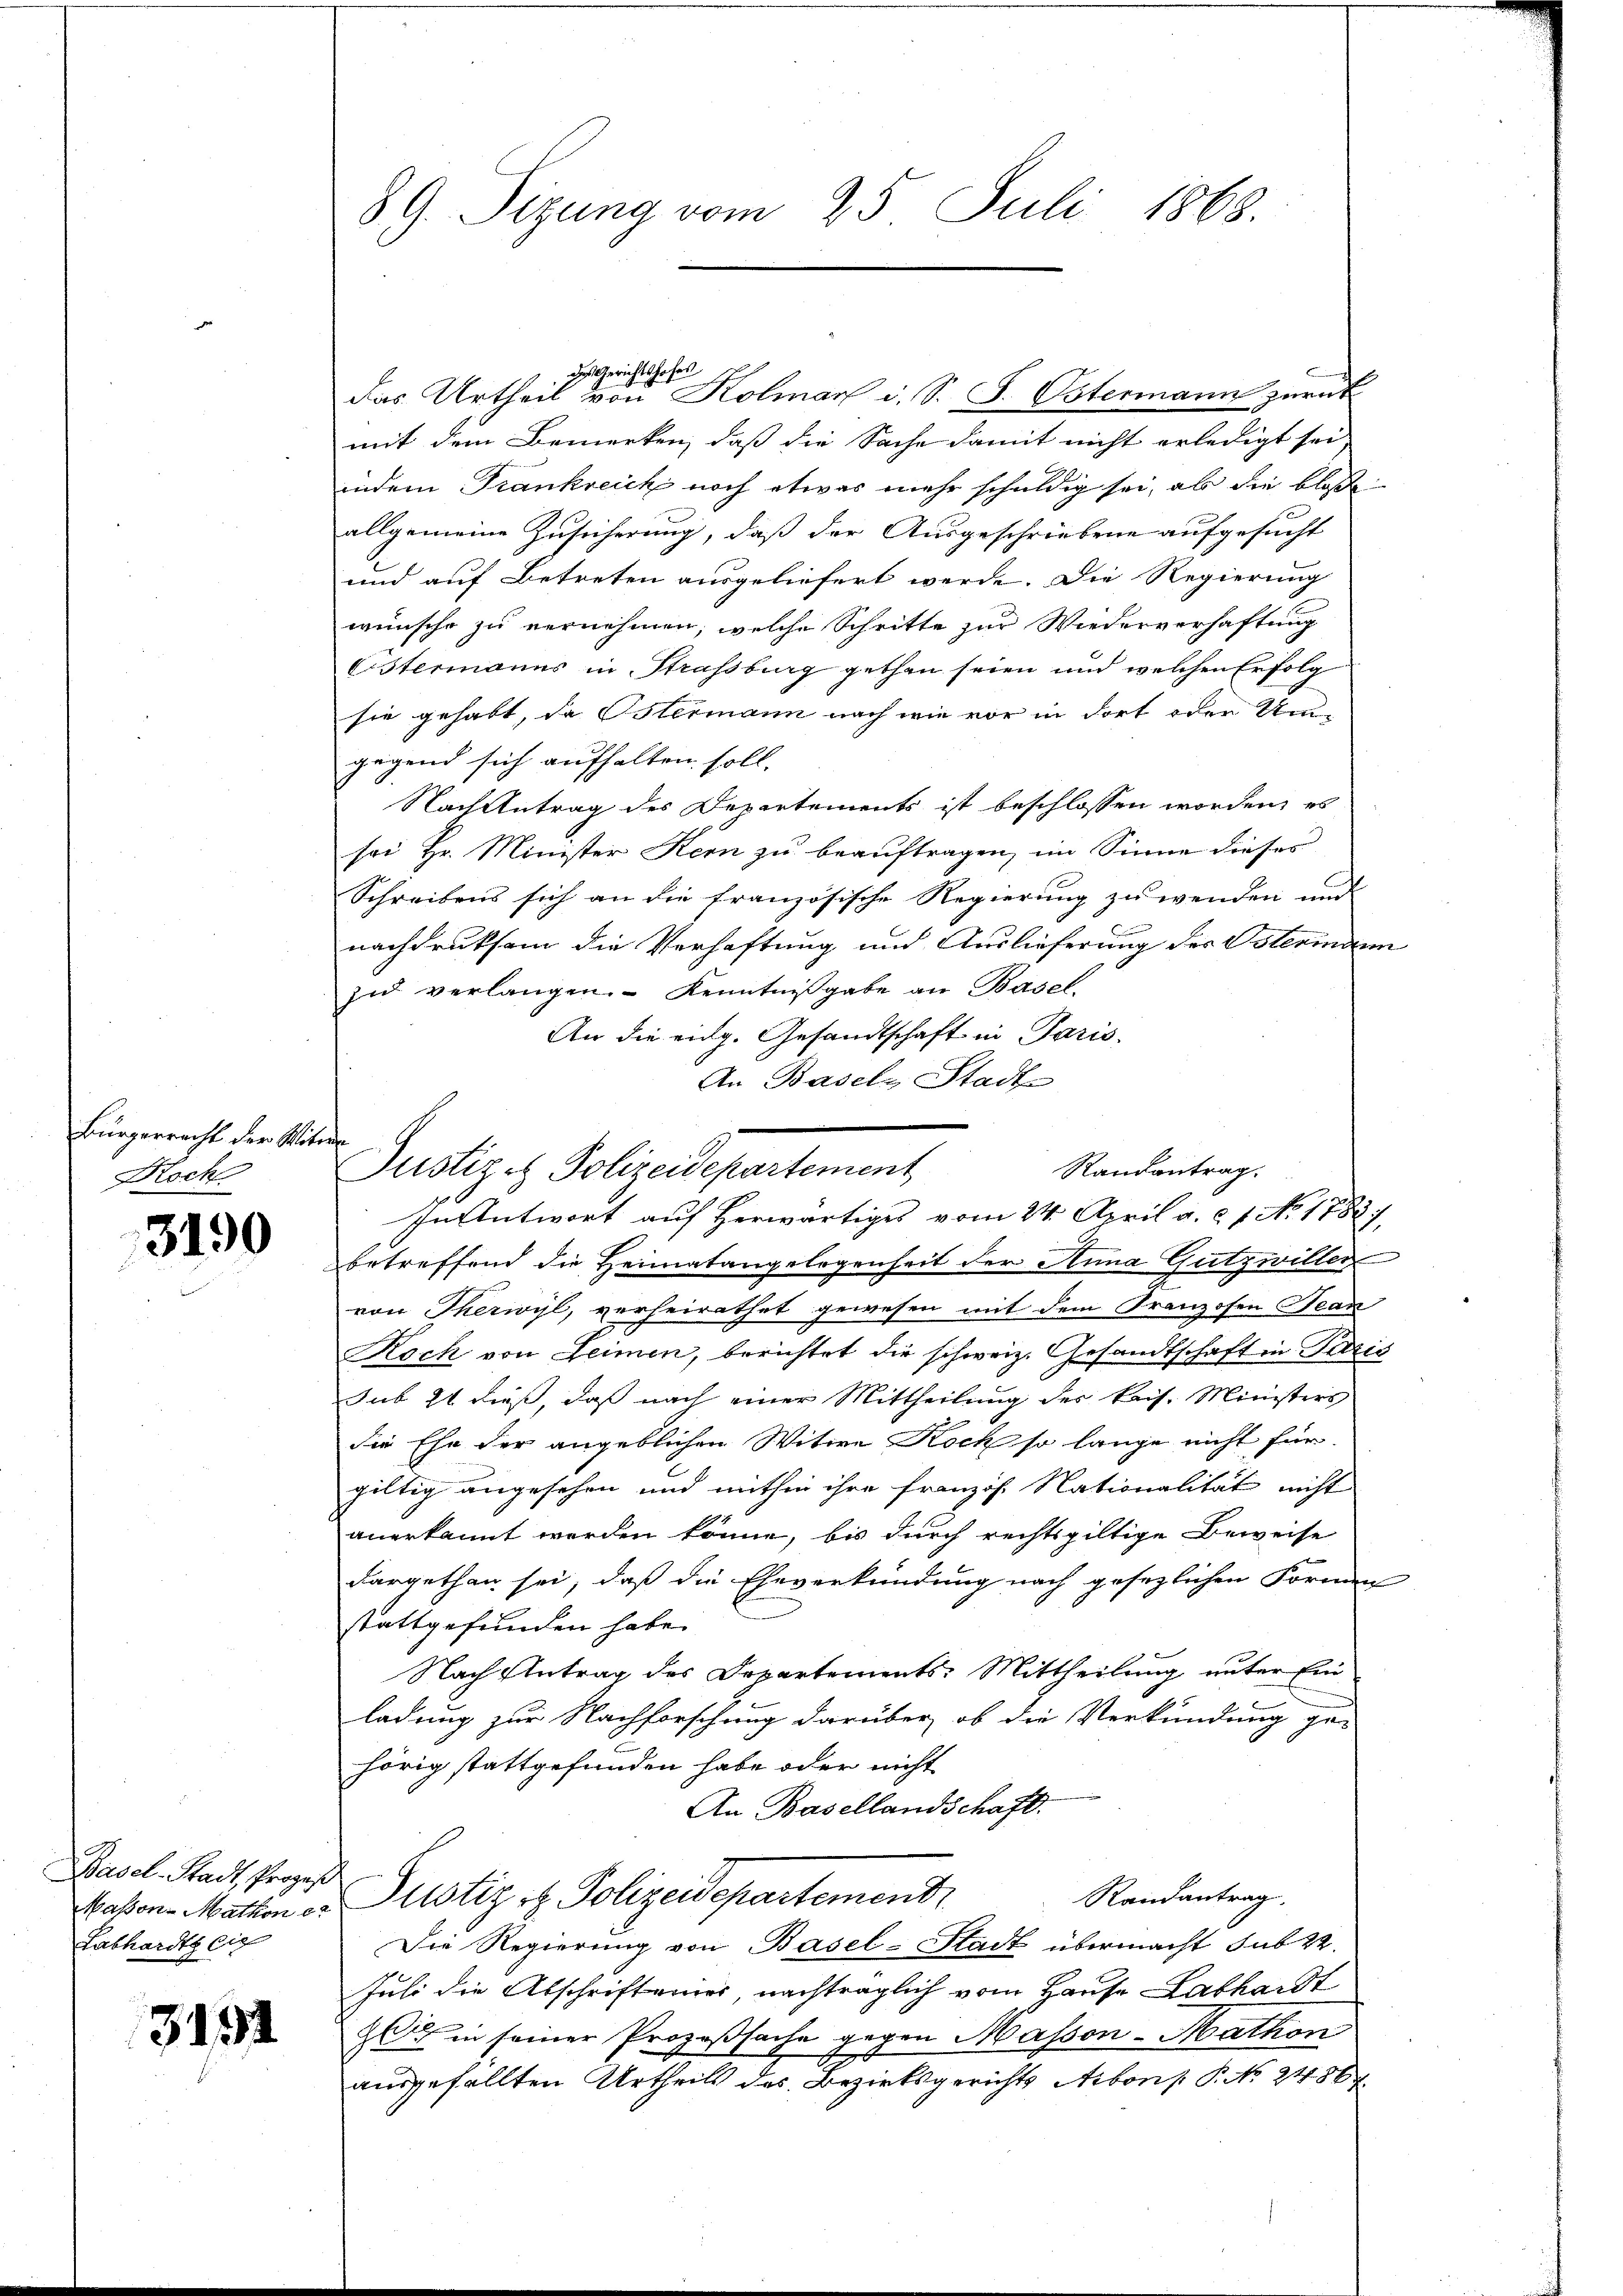
Bürgerrecht der Witwe
Hoch

3190

Basel-Stadt, Prozes
Massen-Mathen er
Labhardts eig

3154

89. Sizung vom 25. Juli 1868.

das Urtheil von Kolmar u. S. S. Ostermann zurück
mit dem Bemerken, daß die Sache damit nicht erledigt sei,
B
indem Trankreich noch etwas mehr schuldig sei, ab die bloße
allgemeine Zusicherung, daß der Ausgeschriebene aufgesucht
und auf Betreten ausgeliefert werde. Die Regierung
wünsche zu vernehmen, welche Schritte zur Wiederverhaftung
Cistermanns in Straßburg gethan seien und welchen Erfolg
sie gehabt, da Ostermann nach wie vor in dort oder Umgegend sich aufhalten soll.
Nach Antrag des Departements ist beschlossen worden, es
sei Hr. Minister Kern zu beauftragen, im Sinne dieses
Schreibens sich an die französische Regierung zu wenden und
nachdruksam die Verhaftung und Auslieferung des Ostermann
zi verlangen. Kenntniβgabe an Basel.
An die eidg. Gesandtschaft in Paris
An Basels Stadt-

des Gerichtshofes

Randantrag.
Justiz & Polizeidepartement
In Antwort auf herwärtiges vom 24. April a. c. 1. No. 1788).

betreffend die Heimatangelegenheit der Anna Gutzwiller
von Therwyl, verheirathet gewesen mit dem Franzosen Bean
Koch von Leimen, berichtet die schweiz. Gesandtschaft in Paris
sub 24 dieß, daß nach einer Mittheilung der kais. Ministers
die Ehe der angeblichen Witwe Koch so lange nicht für
gültig angesehen und mithin ihre Franzis Nationalität nicht
anerkannt worden könne, bis durch rechtsgültige Beweise
dargethan sei, daß die Eheverkündung nach gesezlichen Formen
stattgefunden habe.
Nach Antrag des Departements-Mittheilung unter Ein
ladung zur Nachforschung darüber, ob die Verkündung ge-
hörig stattgefunden habe oder nicht
An Basellandschaft.
Randantrag.
Justiz & Polizeidepartemend.
Die Regierung von Basel-Stadt übermacht sub 22.
Juli die Abschriftenes nachträglich vom Hause Labhardt
2 in seiner Prozeßsache gegen Massen-Mathon
ausgefällten Urtheils des Bezirksgerichts Arbon P. Nr. 2486